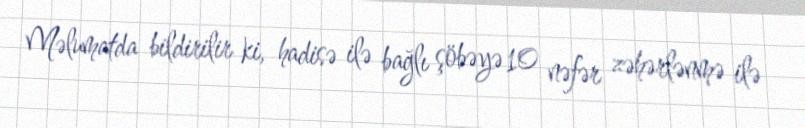
Məlumatda bildirilir ki, hadisə ilə bağlı şöbəyə 10 nəfər zəhərlənmə ilə